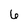
Character: 6